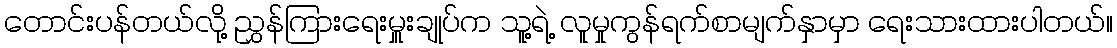
တောင်းပန်တယ်လို့ ညွှန်ကြားရေးမှူးချုပ်က သူ့ရဲ့ လူမှုကွန်ရက်စာမျက်နှာမှာ ရေးသားထားပါတယ်။